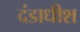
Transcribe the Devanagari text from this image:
दंडाधीश